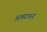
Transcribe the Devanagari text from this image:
अध्यापनं